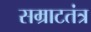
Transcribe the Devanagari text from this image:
सम्राटतंत्र